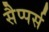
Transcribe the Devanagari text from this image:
सैप्पर्स